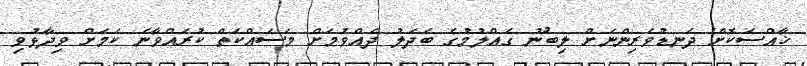
ޚާއްސަކޮށް ދަނޑުވެރިންނަށް ލިބުނު ގެއްލުމުގެ ބަދަލު ދެއްވުމަށް މަސައްކަތް ކުރައްވާނެ ކަމަށް ވިދާޅުވި